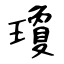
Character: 瓊